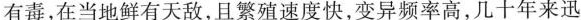
有毒，在当地鲜有天敌，且繁殖速度快，变异频率高，几十年来迅